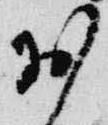
於